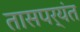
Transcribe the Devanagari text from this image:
तासपर्यंत